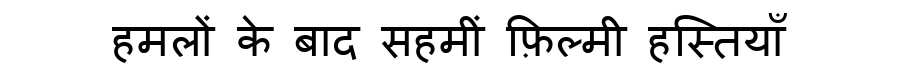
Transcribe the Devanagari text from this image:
हमलों के बाद सहमीं फ़िल्मी हस्तियाँ